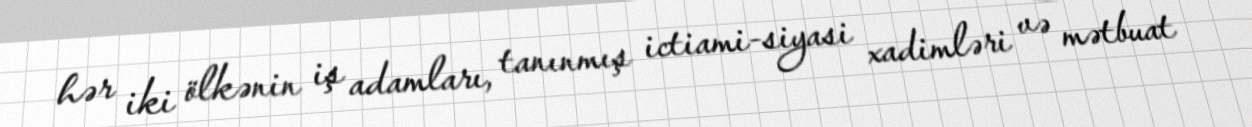
hər iki ölkənin iş adamları, tanınmış ictiami-siyasi xadimləri və mətbuat